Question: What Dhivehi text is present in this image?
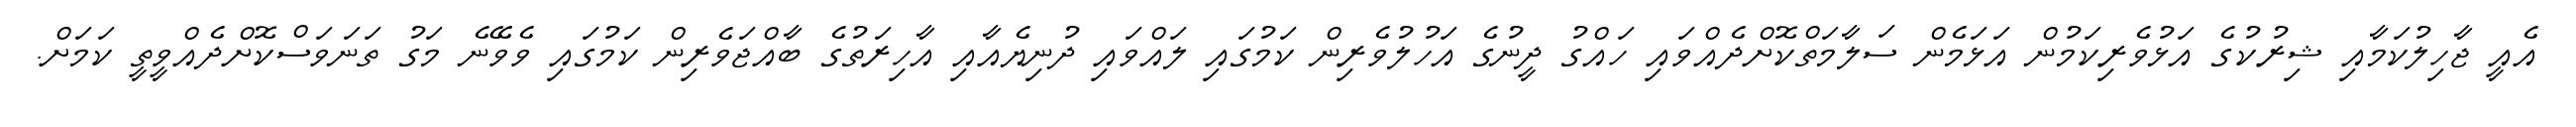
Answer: އެއީ ޖާހިލުކަމާއި ޝިރުކުގެ އަޅުވެރިކަމުން އަޅަމެން ސަލާމަތްކޮށްދެއްވައި ހައްގު ދީނުގެ އަހުލުވެރިން ކަމުގައި ލައްވައި ދުނިޔެއާއި އާހިރަތުގެ ބާއްޖަވެރިން ކަމުގައި ވެވޭނެ މަގު ތަނަވަސްކޮށްދެއްވީތީ ކަމަށް.